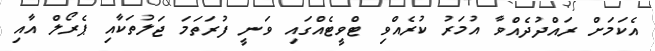
އެކަމަށް ރައްދުދެއްވާ އުމަރު ކުރެއްވި ޓްވީޓެއްގައި ވަނީ ފުރަތަމަ ޖަލުތަކާއި ޕެރޯލް އާއި